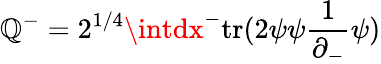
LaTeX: \mathbb{Q}^{-}=2^{1/4}\intdx^{-}\mathrm{{tr}}(2\psi\psi\frac{{1}}{{\partial_{-}}}\psi)